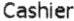
CASHIER